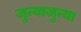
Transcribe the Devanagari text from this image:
जुन्याजुन्या